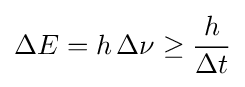
\Delta E=h\,\Delta \nu \geq {\frac {h}{\Delta t}}